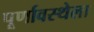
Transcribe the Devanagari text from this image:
पूर्णावस्थेला